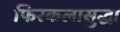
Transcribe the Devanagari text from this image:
फिरकलासुद्धा